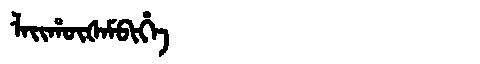
Manchu: ᠯᠠᡳᡥᡡᡧᠠᠮᠪᡳᡥᡝ
Romanization: LAIHŪŠAMBIHE